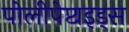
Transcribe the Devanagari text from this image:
पोलीपेप्टाइड्स